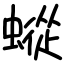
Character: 䗥